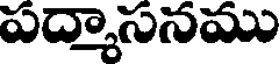
పద్మాసనము